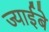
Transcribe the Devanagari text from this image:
ज्याईबे